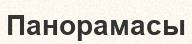
Панорамасы